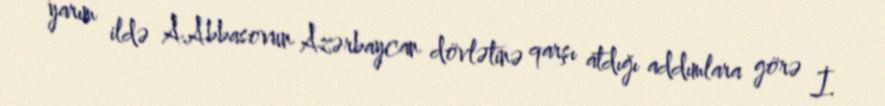
yarım ildə A.Abbasovun Azərbaycan dövlətinə qarşı atdığı addımlara görə İ.